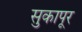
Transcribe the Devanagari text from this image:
सुकापूर